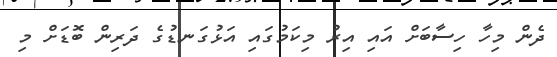
ދެން މިހާ ހިސާބަށް އައި އިރު މިކަމުގައި އަޅުގަނޑުގެ ދަރިން ބޮޑަށް މި